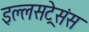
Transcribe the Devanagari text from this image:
इल्लसट्रेसंस